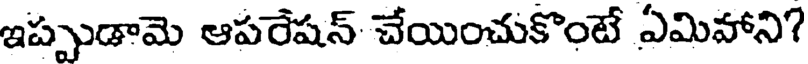
ఇప్పుడామె ఆపరేషన్ చేయించుకొంటే ఏమిహాని?